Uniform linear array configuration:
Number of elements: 24
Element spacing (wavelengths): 0.5
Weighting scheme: exponential
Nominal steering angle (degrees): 45
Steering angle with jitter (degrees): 46.68
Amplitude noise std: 0.05
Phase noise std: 0.05

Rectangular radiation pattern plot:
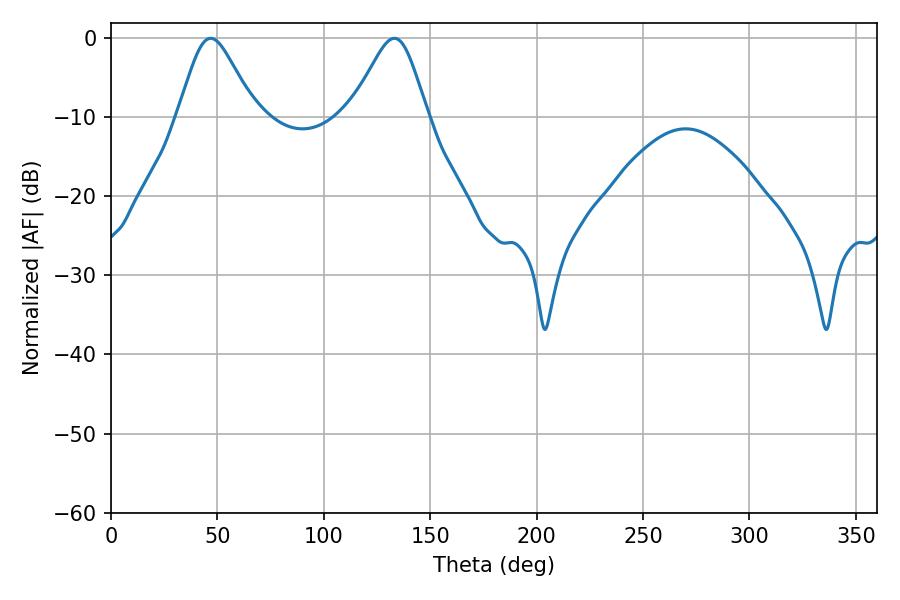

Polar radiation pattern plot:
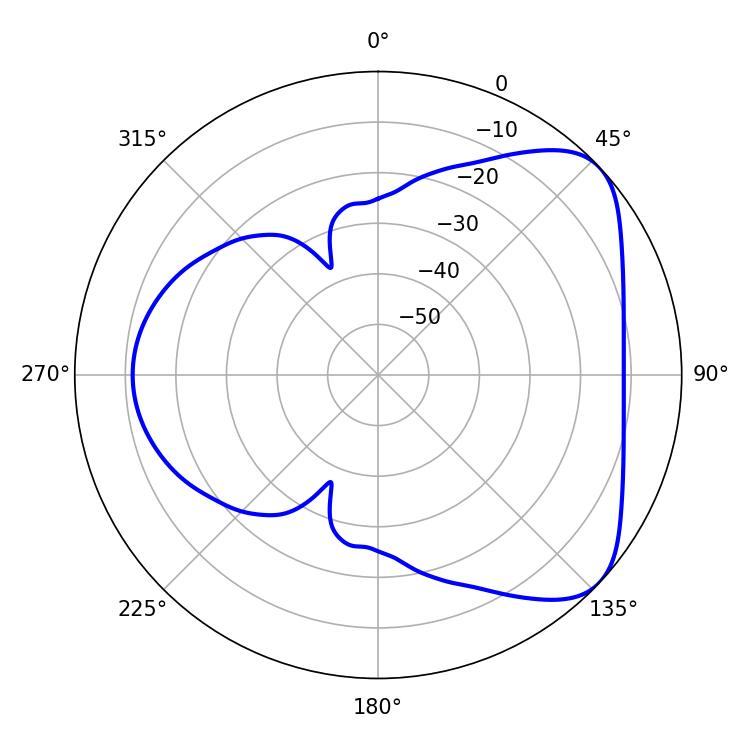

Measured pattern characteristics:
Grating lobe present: FALSE
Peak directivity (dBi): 5.709
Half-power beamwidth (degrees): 17.64
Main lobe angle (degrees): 46.8